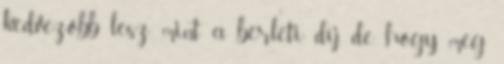
kedvezőbb lesz, mint a bérleti díj, de hogy meg